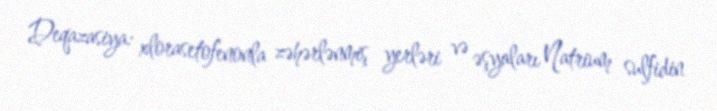
Deqazasiya: xlorasetofenonla zəhərlənmiş yerləri və əşyaları Natrium sulfidin